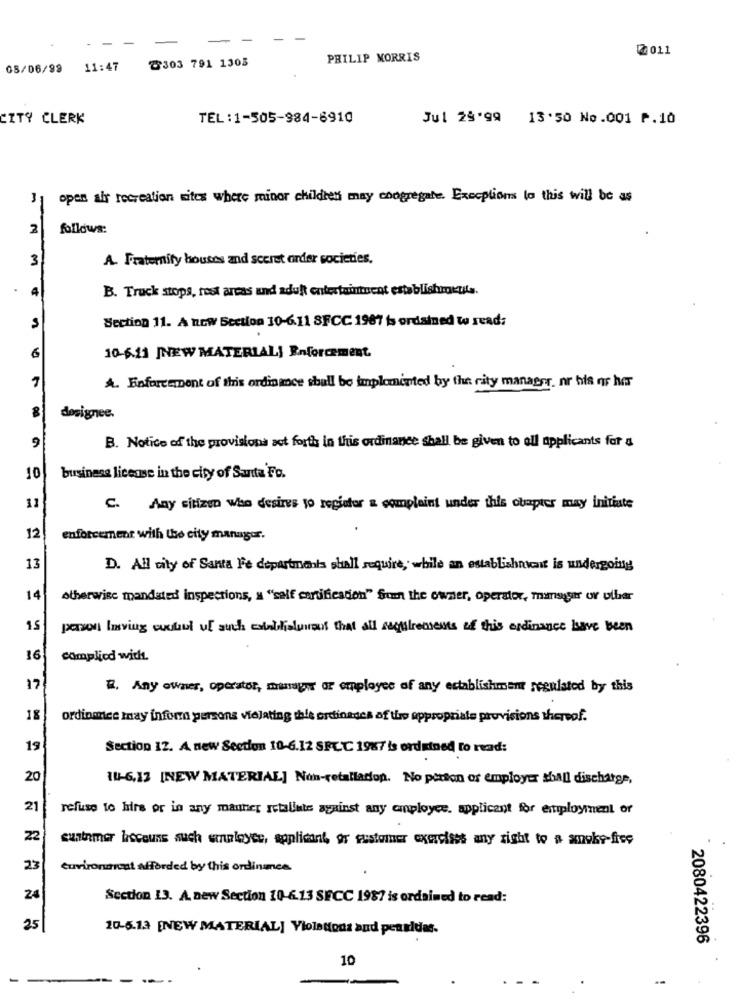
2 011
2303 791 1303
PHILIP MORRIS
08/06/99
11:47
CITY CLERK
TEL:1-505-984-6910
Jul 28'99 13'50 No.001 P.10
open air recreation sites where minor children may chogregate. Exceptions to this will be as
2
follows:
3
A. Fraternity houses and scoret order societies.
4
B. Truck stops, rest areas and adult entertainment establishoukule.
Section 11. A new Section 10-6.11 SFCC 1987 is ordained to read:
6
10-6.11 JNEW MATERIAL] Enforcement.
7
A. Enforcement of this ordinance shall be implemented by the city manager, nr his or her
dosignee.
B. Notice of the provisions act forth in this ordinance shall be given to all applicants for a
9
10
business license in the city of Santa Fo.
11
C. Any sitizen who desires yo regiofor a complaint under this obapier may initiate
12
enforcement with the city manager.
13
D. All city of Santa Fe departments shall require, while an establishnicait is undergoing
14
otherwise mandated inspections, a "self certification" fuen the owner, operator, mimsyser or ulber
pensi living cuulul uf such csinblialunous that all seguirements of this ordinance have been
16
complied with.
17
it. Any owner, operator, manager of employee of any establishment regulated by this
18
ordinace may inform persons viejating this ordinages of the appropriate provisions thereof.
19
Section 12. A new Section 10-6.12 SFC.℃ 1967 is ordained to read:
20
14-6,12 [NEW MATERIAL] Non-retalladon. No person of employer shall discharge,
21
refuse to hire or in any manner retaliate against any employee. applicant for employment or
22
customer becouns such employee, applicant, or customer exercises any right to a smoke-free
23
curironarcat afforded by this ordinance.
24
Sccdon 13. A. new Section 10-6.13 SECC 1987 is ordained to read:
25
10-5.13 [NEW MATERIAL] Violations and pensidas.
2080422396
10